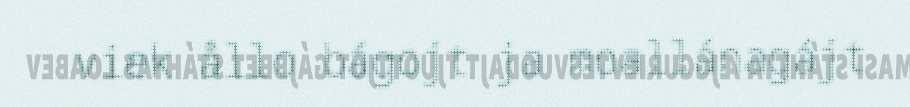
viek ållo bágojt ja moallánagájt